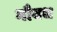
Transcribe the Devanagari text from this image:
गौवध